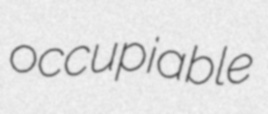
occupiable